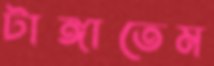
টাঙ্গাতেম